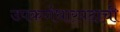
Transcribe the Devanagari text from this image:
उपकर्णधारपदाची